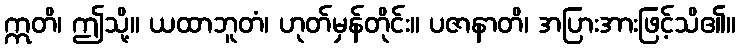
ဣတိ၊ ဤသို့။ ယထာဘူတံ၊ ဟုတ်မှန်တိုင်း။ ပဇာနာတိ၊ အပြားအားဖြင့်သိ၏။